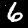
Digit: 6